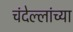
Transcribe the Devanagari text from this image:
चंदेल्लांच्या